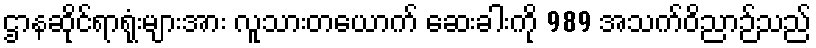
ဌာနဆိုင်ရာရုံးများအား လူသားတယောက် ဆေးခါးကို 989 အသက်ဝိညာဉ်သည်